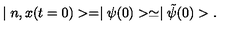
\mid n , x ( t = 0 ) > = \mid \psi ( 0 ) > \simeq \mid \tilde { \psi } ( 0 ) > .